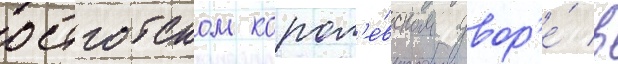
остготском корол'е́вском двор'е́ в